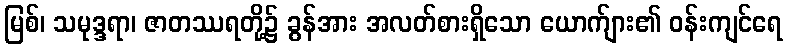
မြစ်၊ သမုဒ္ဒရာ၊ ဇာတဿရတို့၌ ခွန်အား အလတ်စားရှိသော ယောက်ျား၏ ဝန်းကျင်ရေ